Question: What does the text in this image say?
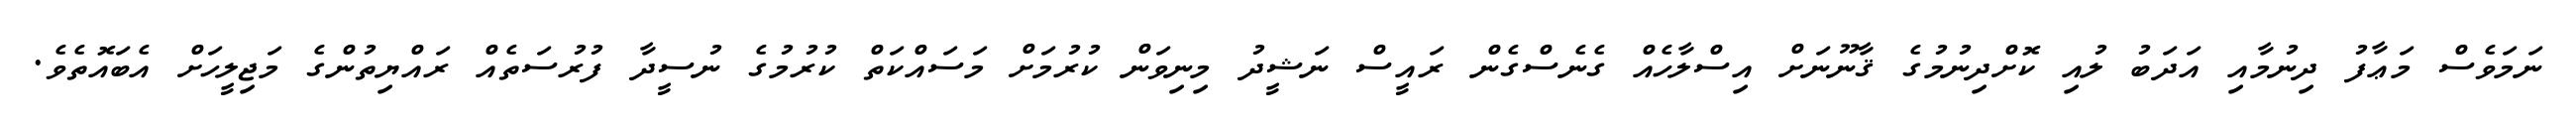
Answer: ނަމަވެސް މަޢާފު ދިނުމާއި އަދަބު ލުއި ކޮށްދިނުމުގެ ޤާނޫނަށް އިސްލާހެއް ގެނެސްގެން ރައީސް ނަޝީދު މިނިވަން ކުރުމަށް މަސައްކަތް ކުރުމުގެ ނުސީދާ ފުރުސަތެއް ރައްޔިތުންގެ މަޖިލީހަށް އެބައޮތެވެ.